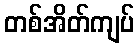
တစ်အိတ်ကျပ်